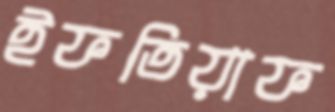
ইফতিয়াফ